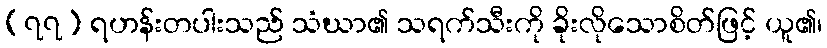
(၇၇) ရဟန်းတပါးသည် သံဃာ၏ သရက်သီးကို ခိုးလိုသောစိတ်ဖြင့် ယူ၏၊